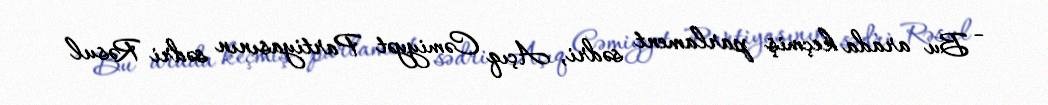
- Bu arada keçmiş parlament sədri, Açıq Cəmiyyət Partiyasının sədri Rəsul